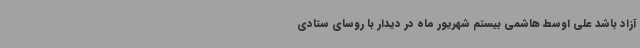
آزاد باشد علی اوسط هاشمی بیستم شهریور ماه در دیدار با روسای ستادی